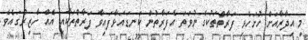
މި އިދާރާއަށް ހުށަހެޅި ފަރާތްތަކުގެ ނުވަތަ އެފަރާތުން ކަނޑައަޅާފައިވާ ފަރާތްތަކާއި އެއް ހާޒިރުގައެވެ.